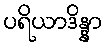
ပရိယာဒိန္နာ